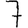
Digit: 7